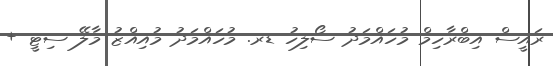
ރައީސް އިބްރާހިމް މުހައްމަދު ސޯލިހު ޑރ. މުހައްމަދު މުއިއްޒު މާލޭ ސިޓީ +